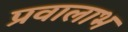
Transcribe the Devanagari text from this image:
प्रवालाभ